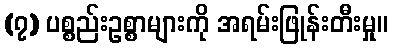
(၇) ပစ္စည်းဥစ္စာများကို အရမ်းဖြုန်းတီးမှု။